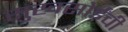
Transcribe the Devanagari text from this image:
सुखसोईंची